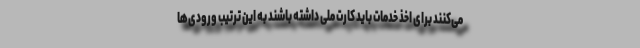
می‌کنند برای اخذ خدمات باید کارت ملی داشته باشند به این ترتیب ورودی‌ها